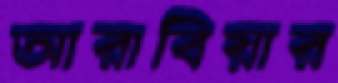
আরাবিয়ার